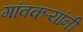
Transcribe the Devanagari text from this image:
गांवकऱ्यांनी